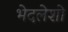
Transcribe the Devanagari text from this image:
भेदलेशो